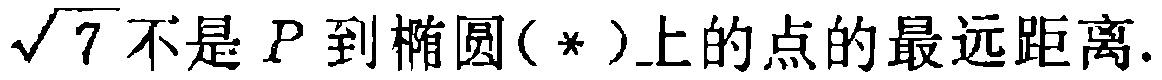
$\sqrt{7}不是P到椭圆(*)上的点的最远距离.$